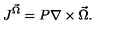
J ^ { \vec { \Omega } } = P \nabla \times \vec { \Omega } .